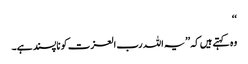
‘‘
وہ کہتے ہیں کہ ’’یہ اللہ رب العزت کو ناپسند ہے۔